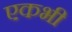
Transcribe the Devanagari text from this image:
एकभी